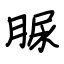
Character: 脲